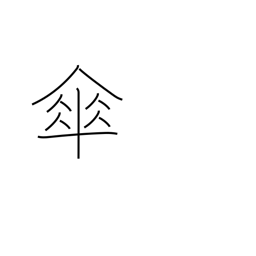
Meaning: umbrella